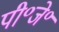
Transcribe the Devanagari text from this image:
पी॰जे॰